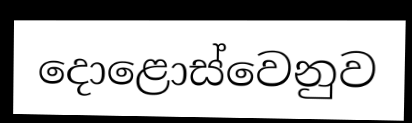
දොළොස්වෙනුව